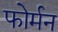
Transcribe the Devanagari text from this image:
फोर्मन